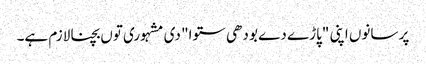
پر سانوں اپنی "پاڑے دے بودھی ستوا" دی مشہوری توں بچنا لازم ہے۔